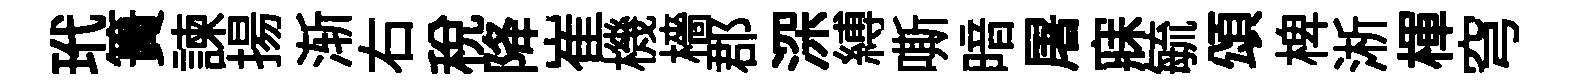
玳簣諫揚渐右稅降崔機檣郡深縛嘶暗屠寐毓頌椑淅楎穹